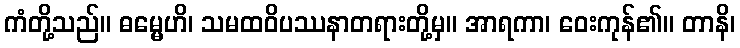
ကံတို့သည်။ ဓမ္မေဟိ၊ သမထဝိပဿနာတရားတို့မှ။ အာရကာ၊ ဝေးကုန်၏။ တာနိ၊